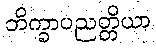
ဘိက္ခာပညတ္တိယာ